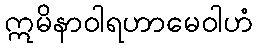
ဣမိနာဝါရဟာမေဝါဟံ